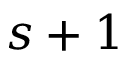
s + 1